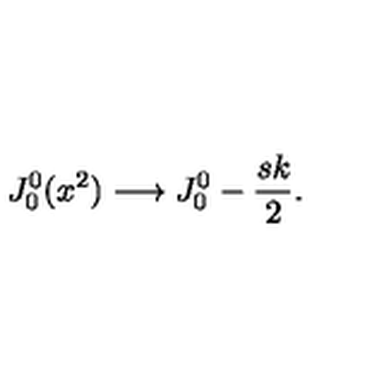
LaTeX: J _ { 0 } ^ { 0 } ( x ^ { 2 } ) \longrightarrow J _ { 0 } ^ { 0 } - { \frac { s k } { 2 } } .